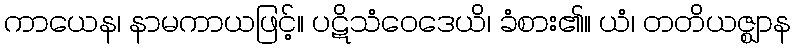
ကာယေန၊ နာမကာယဖြင့်။ ပဋိသံဝေဒေယိ၊ ခံစား၏။ ယံ၊ တတိယဇ္ဈာန